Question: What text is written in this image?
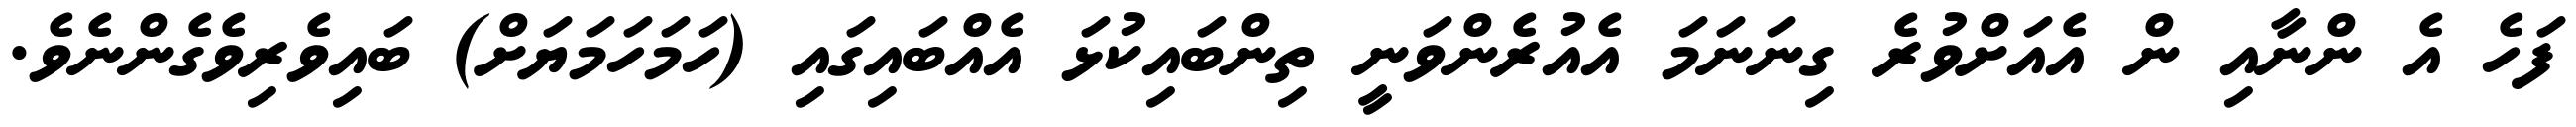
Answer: ފަހެ އެ ންނާއި ން އެއަށްވުރެ ގިނަނަމަ އެއުރެންވަނީ ތިންބައިކުޅަ އެއްބައިގައި (ހަމަހަމަޔަށް) ބައިވެރިވެގެންނެވެ.